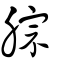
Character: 腙